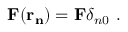
{ \bf F ( r _ { n } ) } = { \bf F } \delta _ { n 0 } ~ .